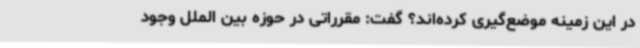
در این زمینه موضع‌گیری کرده‌اند؟ گفت: مقرراتی در حوزه بین الملل وجود